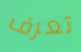
تعرف